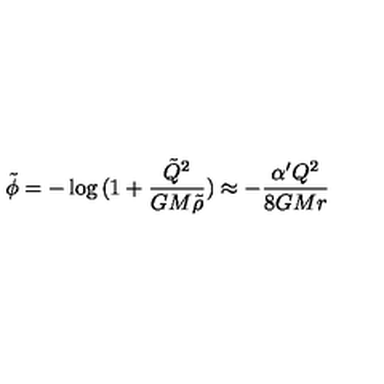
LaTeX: \tilde { \phi } = - \log { ( 1 + \frac { \tilde { Q } ^ { 2 } } { G M \tilde { \rho } } ) } \approx - \frac { \alpha ^ { \prime } Q ^ { 2 } } { 8 G M r }